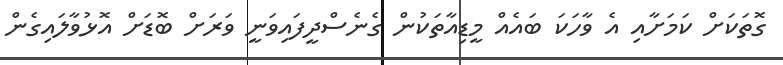
ގޮތަކަށް ކަމަށާއި އެ ވާހަކަ ބައެއް މީޑިއާތަކުން ގެނެސްދީފައިވަނީ ވަރަށް ބޮޑަށް އޮޅުވާލައިގެން